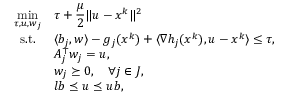
\begin{array} { c l } { \displaystyle \min _ { \tau , u , w _ { j } } } & { \tau + \displaystyle \frac { \mu } { 2 } \| u - x ^ { k } \| ^ { 2 } } \\ { \mathrm { s . t . } } & { \langle b _ { j } , w \rangle - g _ { j } ( x ^ { k } ) + \langle \nabla h _ { j } ( x ^ { k } ) , u - x ^ { k } \rangle \leq \tau , } \\ & { A _ { j } ^ { \top } w _ { j } = u , } \\ & { w _ { j } \succeq 0 , \quad \forall j \in { \cal J } , } \\ & { l b \preceq u \preceq u b , } \end{array}